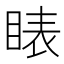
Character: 䁃